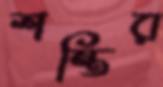
শন্তির